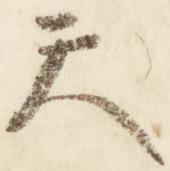
天